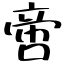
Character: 啻